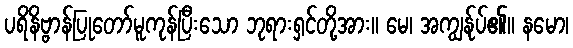
ပရိနိဗ္ဗာန်ပြုတော်မူကုန်ပြီးသော ဘုရားရှင်တို့အား။ မေ၊ အကျွန်ုပ်၏။ နမော၊